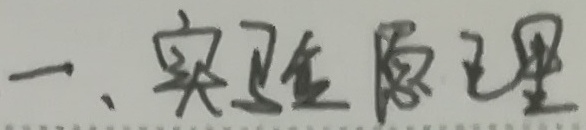
一、实验原理